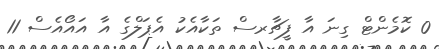
0 ކޮމެންޓް ގިނަ އާ ފީޗާރސް ތަކާއެކު އެޕަލްގެ އާ އައޯއެސް 11